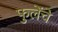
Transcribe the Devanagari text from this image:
फुलेंचे